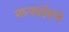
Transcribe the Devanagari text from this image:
मध्यप्रदेशचे